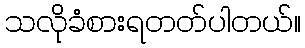
သလိုခံစားရတတ်ပါတယ်။